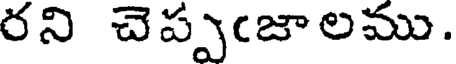
రని చెప్పఁజా లము.